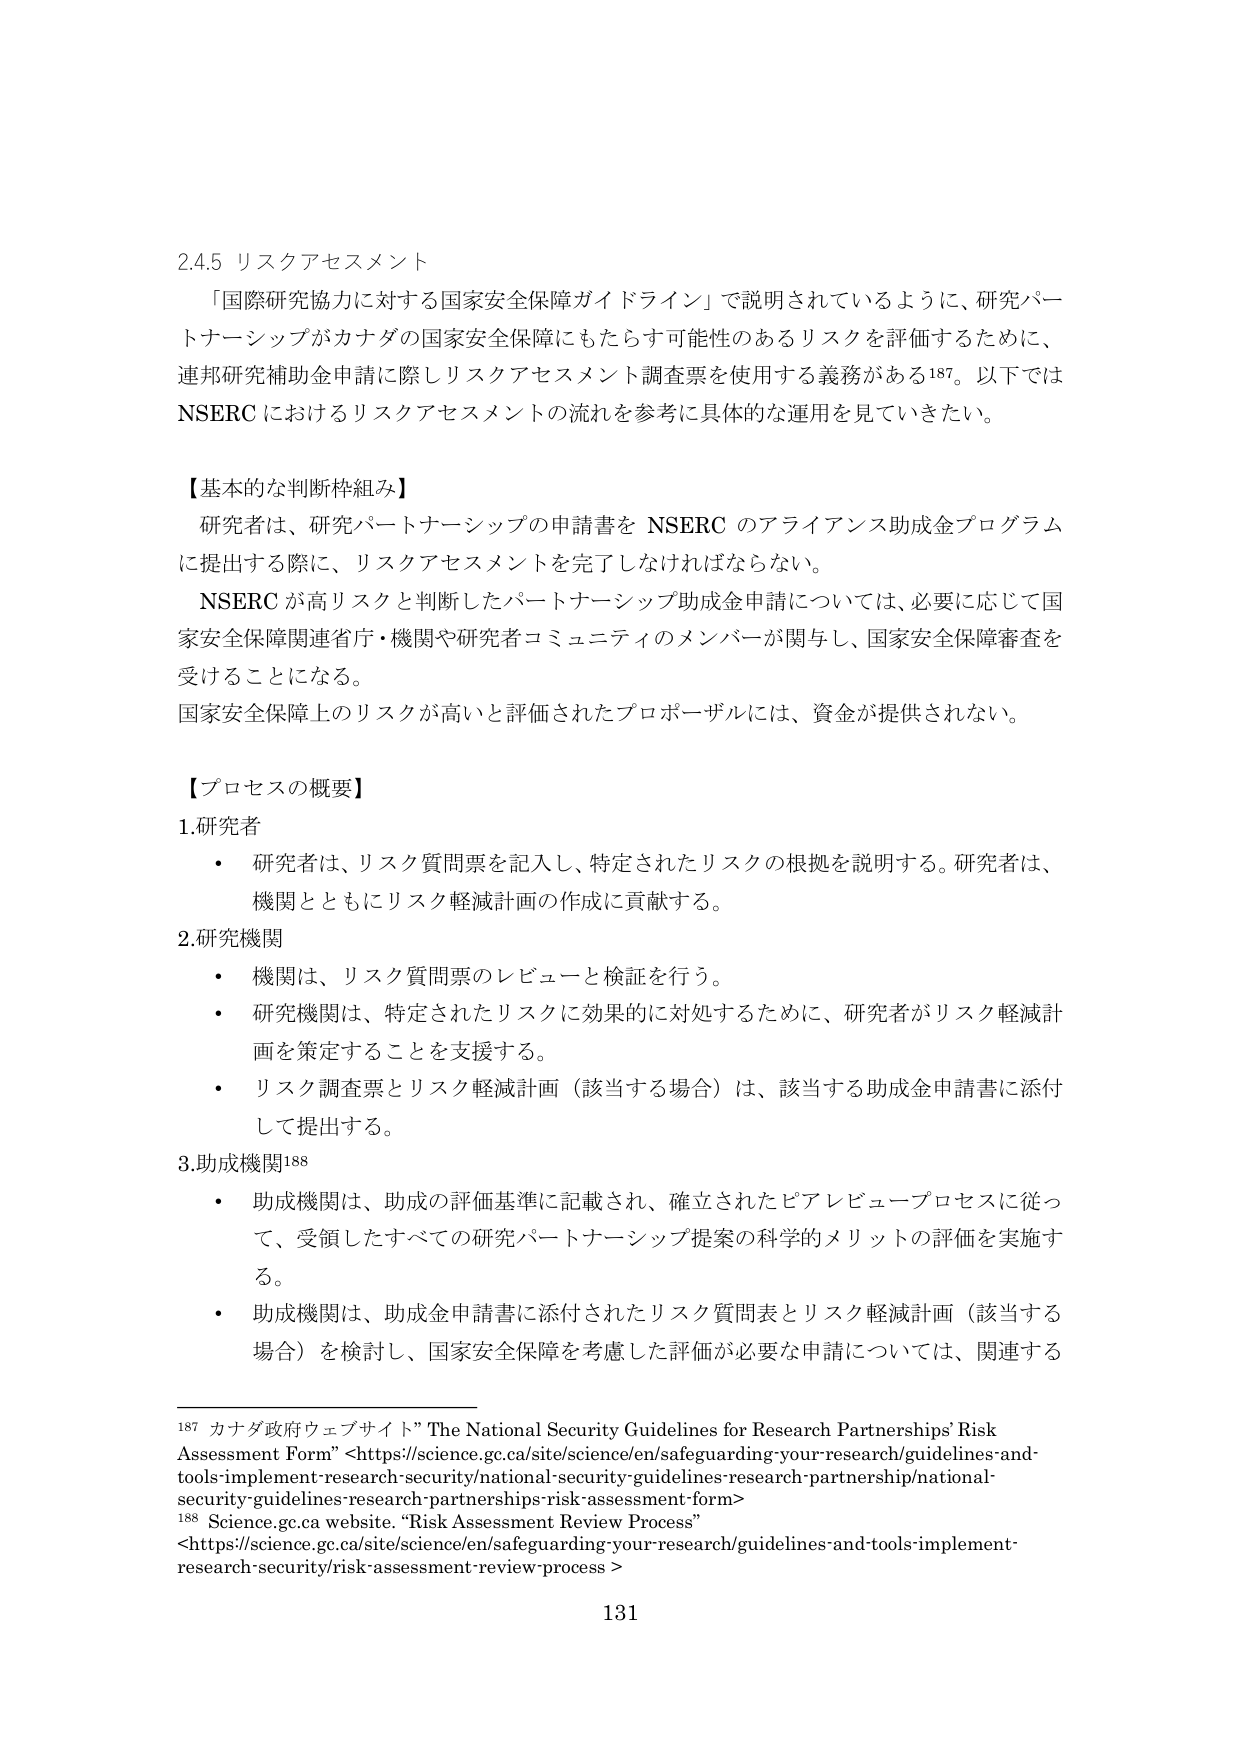
2.4.5 リスクアセスメント

「国際研究協力に対する国家安全保障ガイドライン」で説明されているように、研究パートナーシップがカナダの国家安全保障にもたらす可能性のあるリスクを評価するために、連邦研究補助金申請に際しリスクアセスメント調査票を使用する義務がある187。以下ではNSERCにおけるリスクアセスメントの流れを参考に具体的な運用を見ていくたい。

【基本的な判断枠組み】
研究者は、研究パートナーシップの申請書を NSERC のアライアンス助成金プログラムに提出する際に、リスクアセスメントを完了しなければならない。
NSERC が高リスクと判断したパートナーシップ助成金申請については、必要に応じて国家安全保障関連省庁・機関や研究者コミュニティのメンバーが関与し、国家安全保障審査を受けることになる。
国家安全保障上のリスクが高いと評価されたプロポーザルには、資金が提供されない。

【プロセスの概要】
1.研究者
・ 研究者は、リスク質問票を記入し、特定されたリスクの根拠を説明する。研究者は、機関とともにリスク軽減計画の作成に貢献する。
2.研究機関
・ 機関は、リスク質問票のレビューと検証を行う。
・ 研究機関は、特定されたリスクに効果的に対処するために、研究者がリスク軽減計画を策定することを支援する。
・ リスク調査票とリスク軽減計画（該当する場合）は、該当する助成金申請書に添付して提出する。
3.助成機関188
・ 助成機関は、助成の評価基準に記載され、確立されたピアレビュー・プロセスに従って、受領したすべての研究パートナーシップ提案の科学的メリットの評価を実施する。
・ 助成機関は、助成金申請書に添付されたリスク質問表とリスク軽減計画（該当する場合）を検討し、国家安全保障を考慮した評価が必要な申請については、関連する

187 カナダ政府ウェブサイト” The National Security Guidelines for Research Partnerships' Risk Assessment Form” <https://science.gc.ca/site/science/en/safeguarding-your-research/guidelines-and-tools-implement-research-security/national-security-guidelines-research-partnership/national-security-guidelines-research-partnerships-risk-assessment-form>
188 Science.gc.ca website. “Risk Assessment Review Process” <https://science.gc.ca/site/science/en/safeguarding-your-research/guidelines-and-tools-implement-research-security/risk-assessment-review-process >

131